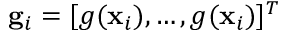
\mathbf { g } _ { i } = [ g ( \ensuremath { \mathbf { x } } _ { i } ) , \dots , g ( \ensuremath { \mathbf { x } } _ { i } ) ] ^ { T }